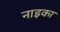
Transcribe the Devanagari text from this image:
नाइका